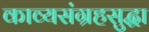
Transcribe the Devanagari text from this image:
काव्यसंग्रहसुद्धा